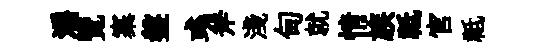
灂覽寨盤彧斧淺甸就情族祗官祗